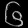
Digit: ၆